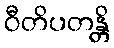
ဝီတိပတန္တိ